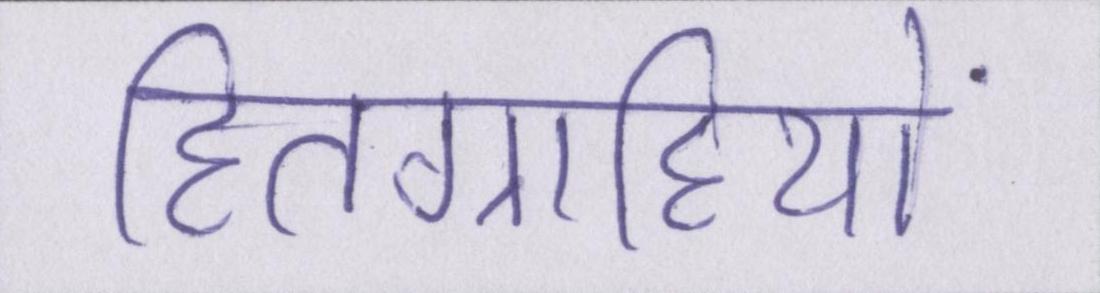
हितग्राहियों